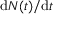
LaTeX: \mathrm { d } N ( t ) / \mathrm { d } t